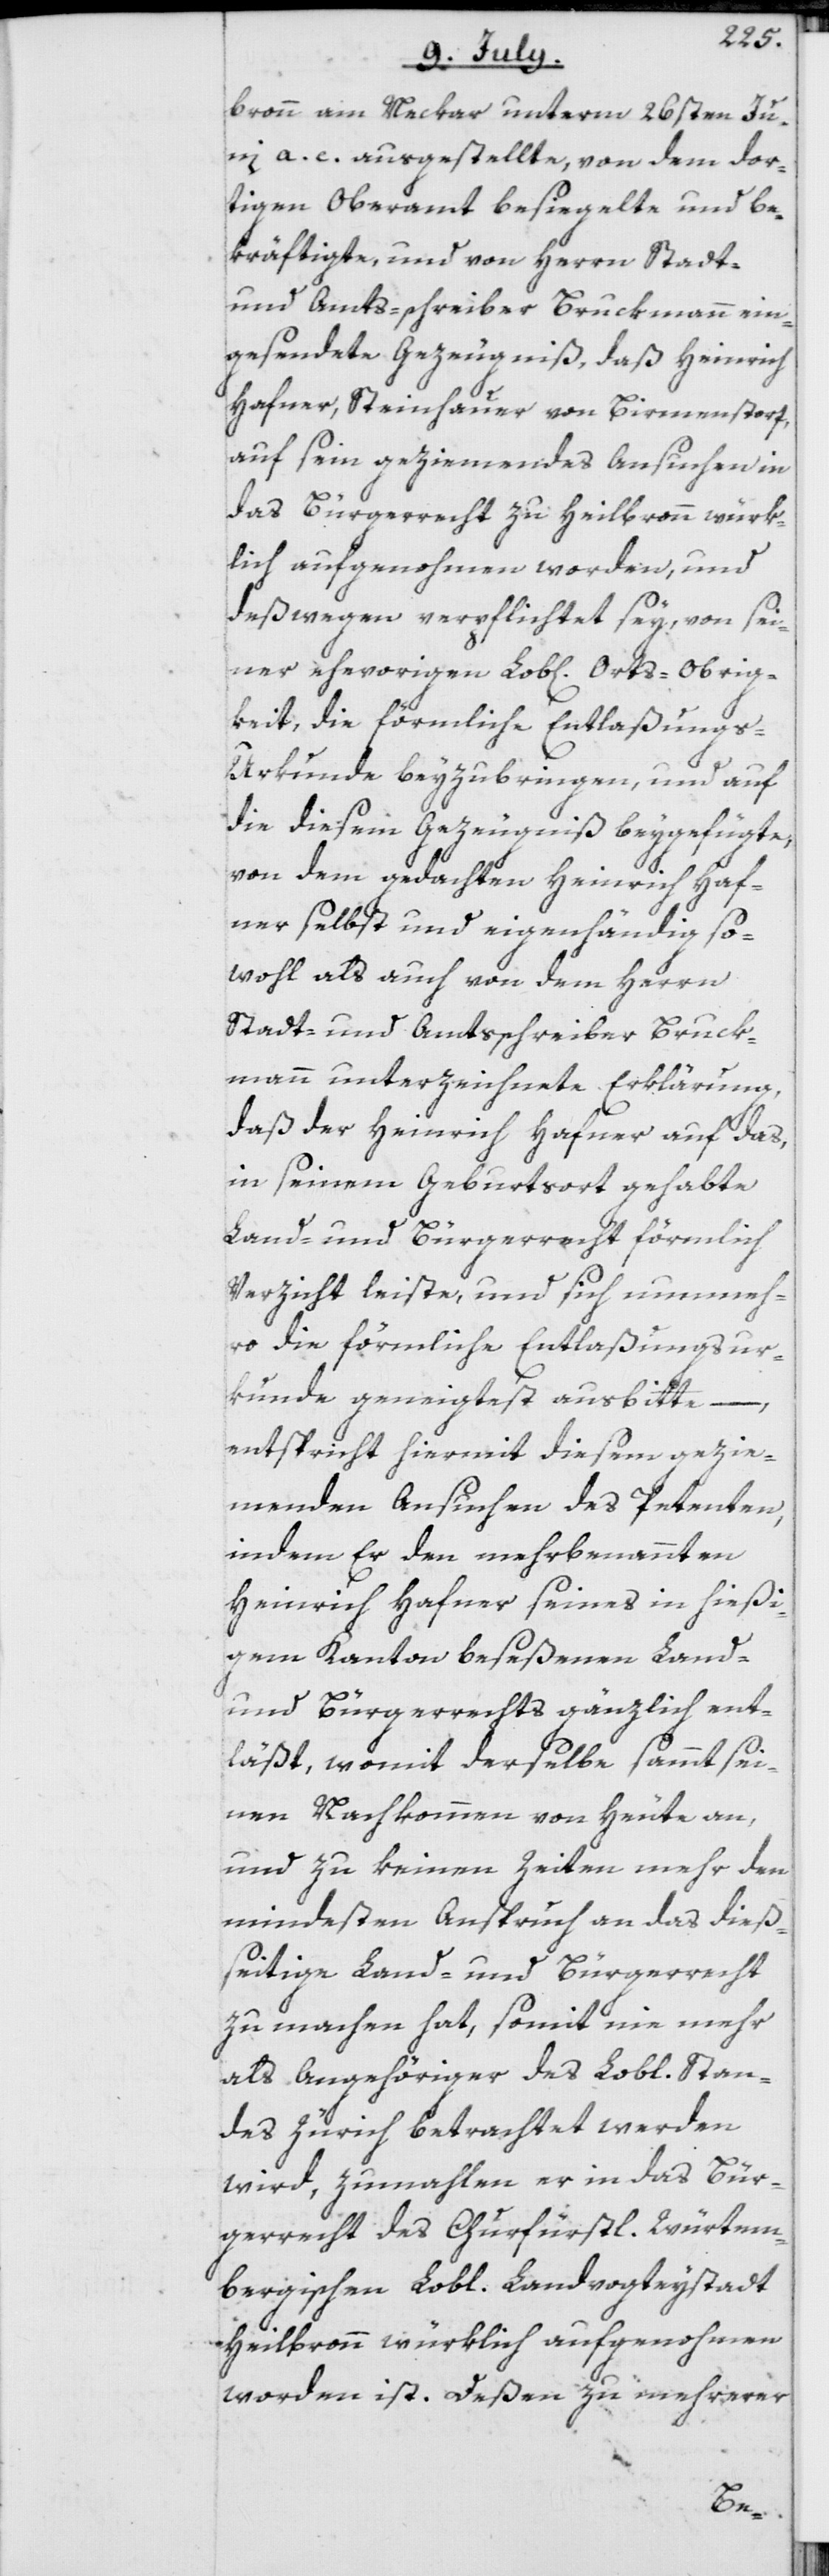
bronn am Neckar unterm 26sten Ju¬
ni a. c. ausgestellte, von dem dor¬
tigen Oberamt besiegelte und be¬
kräftigte, und von Herrn Stadt-
und Amts-schreiber Bruckmann ein¬
gesendete Gezeugniß, daß Heinrich
Hafner, Steinhauer von Birmenstorf,
auf sein geziemendes Ansuchen in
das Bürgerrecht zu Heilbronn würk¬
lich aufgenohmen worden, und
deßwegen verpflichtet sey, von sei¬
ner ehevorigen Lob[lichen] Orts-Obrig¬
keit, die förmliche Entlaßung¬
s-Urkunde beyzubringen, und auf
die diesem Gezeugniß beygefügte,
von dem gedachten Heinrich Haf¬
ner selbst und eigenhändig so¬
wohl als auch von dem Herrn
Stadt- und Amtsschreiber Bruck¬
mann unterzeichnete Erklärung,
daß der Heinrich Hafner auf das,
in seinem Geburtsort gehabte
Land- und Bürgerrecht förmlich
Verzicht leiste, und sich nunmeh¬
ro die förmliche Entlaßungsur¬
kunde geneigtest ausbitte
–,
entspricht hiermit diesem gezie¬
menden Ansuchen des Petenten,
indem Er den mehrbenannten
Heinrich Hafner seines in hießi¬
gem Kanton beseßenen Land-
und Bürgerrechts gänzlich ent¬
läßt, womit derselbe sammt sei¬
nen Nachkommen von Heute an,
und zu keinen Zeiten mehr den
mindesten Anspruch an das dieß¬
seitige Land- und Bürgerrecht
zu machen hat, somit nie mehr
als Angehöriger des Lobl. Stan¬
des Zürich betrachtet werden
wird, zumahlen er in das Bür¬
gerrecht des Churfürstl. Würtem¬
bergischen Lobl. Landvogteystadt
Heilbronn würklich aufgenohmen
worden ist. Deßen zu mehrerer